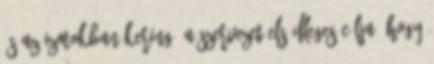
és az izmokban kering. A szervezet elsődleges célja, hogy